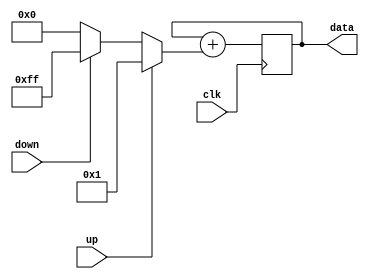
// synchronous up/down counter
module up_down_counter(
	input clk,				// clock, active in rising edge
	input up,				// counting enable up, higher priority then down counting
	input down,		   		// counting enable down
	output reg [7:0] data 	// output data
	);

    wire [7:0] value;

    assign value = up ? 1 : (down ? -1 : 0);

    always @(posedge clk)
        data <= data + value;

endmodule